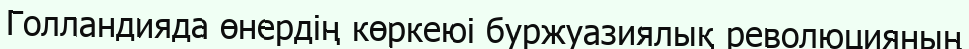
Голландияда өнердің көркеюі буржуазиялық революцияның